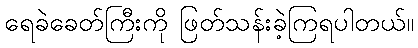
ရေခဲခေတ်ကြီးကို ဖြတ်သန်းခဲ့ကြရပါတယ်။